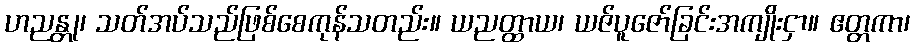
ဟညန္တု၊ သတ်အပ်သည်ဖြစ်စေကုန်သတည်း။ ယညတ္ထာယ၊ ယဇ်ပူဇော်ခြင်းအကျိုးငှာ။ ဧတ္တကာ၊